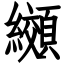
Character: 纐